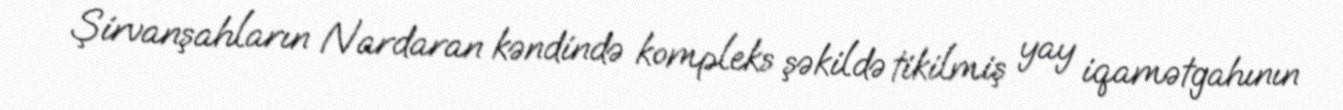
Şirvanşahların Nardaran kəndində kompleks şəkildə tikilmiş yay iqamətgahının